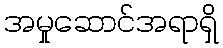
အမှုဆောင်အရာရှိ